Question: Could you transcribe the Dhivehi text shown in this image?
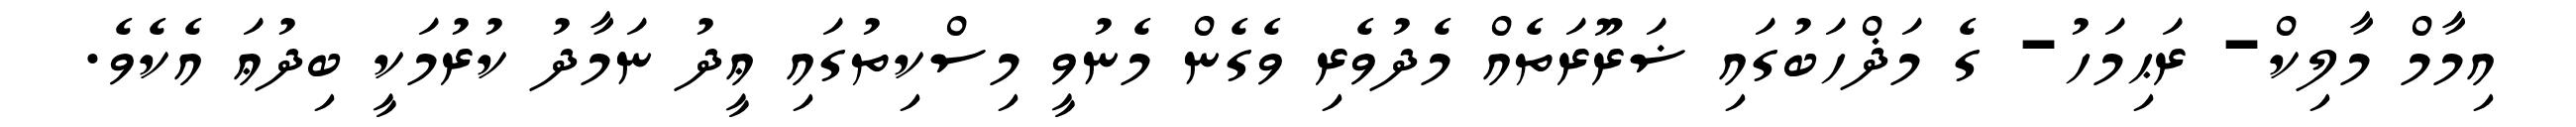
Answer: އިމާމް މާލިކް- ރަޙިމަހު- ގެ މަޛްހަބުގައި ޟަރޫރަތެއް މެދުވެރި ވެގެން މެނުވީ މިސްކިތުގައި ޢީދު ނަމާދު ކުރުމަކީ ބިދުޢަ އެކެވެ.